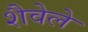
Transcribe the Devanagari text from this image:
शैवेले